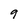
Character: 9